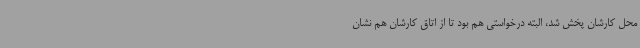
محل کارشان پخش شد، البته درخواستی هم بود تا از اتاق کارشان هم نشان